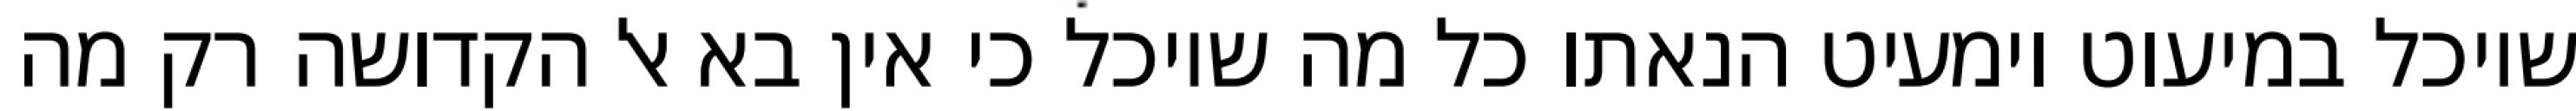
שיוכל במיעוט וימעיט הנאתו כל מה שיוכל כי אין בא אל הקדושה רק מה